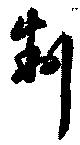
制